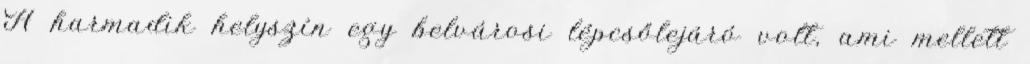
A harmadik helyszín egy belvárosi lépcsőlejáró volt, ami mellett